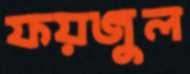
ফয়জুল